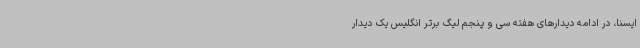
ایسنا، در ادامه دیدارهای هفته سی و پنجم لیگ برتر انگلیس یک دیدار